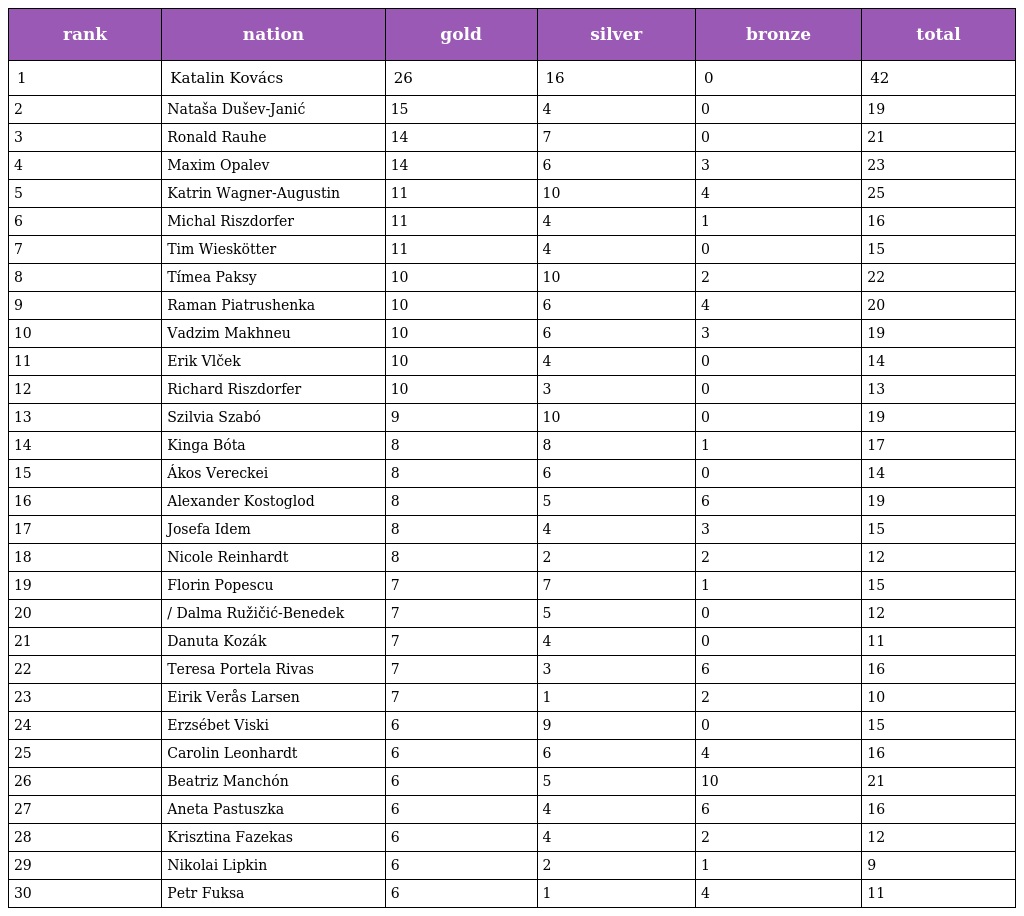
| rank | nation | gold | silver | bronze | total |
 | --- | --- | --- | --- | --- | --- |
 | 1 | Katalin Kovács | 26 | 16 | 0 | 42 |
 | 2 | Nataša Dušev-Janić | 15 | 4 | 0 | 19 |
 | 3 | Ronald Rauhe | 14 | 7 | 0 | 21 |
 | 4 | Maxim Opalev | 14 | 6 | 3 | 23 |
 | 5 | Katrin Wagner-Augustin | 11 | 10 | 4 | 25 |
 | 6 | Michal Riszdorfer | 11 | 4 | 1 | 16 |
 | 7 | Tim Wieskötter | 11 | 4 | 0 | 15 |
 | 8 | Tímea Paksy | 10 | 10 | 2 | 22 |
 | 9 | Raman Piatrushenka | 10 | 6 | 4 | 20 |
 | 10 | Vadzim Makhneu | 10 | 6 | 3 | 19 |
 | 11 | Erik Vlček | 10 | 4 | 0 | 14 |
 | 12 | Richard Riszdorfer | 10 | 3 | 0 | 13 |
 | 13 | Szilvia Szabó | 9 | 10 | 0 | 19 |
 | 14 | Kinga Bóta | 8 | 8 | 1 | 17 |
 | 15 | Ákos Vereckei | 8 | 6 | 0 | 14 |
 | 16 | Alexander Kostoglod | 8 | 5 | 6 | 19 |
 | 17 | Josefa Idem | 8 | 4 | 3 | 15 |
 | 18 | Nicole Reinhardt | 8 | 2 | 2 | 12 |
 | 19 | Florin Popescu | 7 | 7 | 1 | 15 |
 | 20 | / Dalma Ružičić-Benedek | 7 | 5 | 0 | 12 |
 | 21 | Danuta Kozák | 7 | 4 | 0 | 11 |
 | 22 | Teresa Portela Rivas | 7 | 3 | 6 | 16 |
 | 23 | Eirik Verås Larsen | 7 | 1 | 2 | 10 |
 | 24 | Erzsébet Viski | 6 | 9 | 0 | 15 |
 | 25 | Carolin Leonhardt | 6 | 6 | 4 | 16 |
 | 26 | Beatriz Manchón | 6 | 5 | 10 | 21 |
 | 27 | Aneta Pastuszka | 6 | 4 | 6 | 16 |
 | 28 | Krisztina Fazekas | 6 | 4 | 2 | 12 |
 | 29 | Nikolai Lipkin | 6 | 2 | 1 | 9 |
 | 30 | Petr Fuksa | 6 | 1 | 4 | 11 |